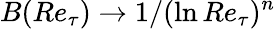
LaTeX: B(Re_{\tau})\rightarrow 1/(\ln Re_{\tau})^{n}